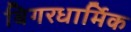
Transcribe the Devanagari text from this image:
बिगरधार्मिक